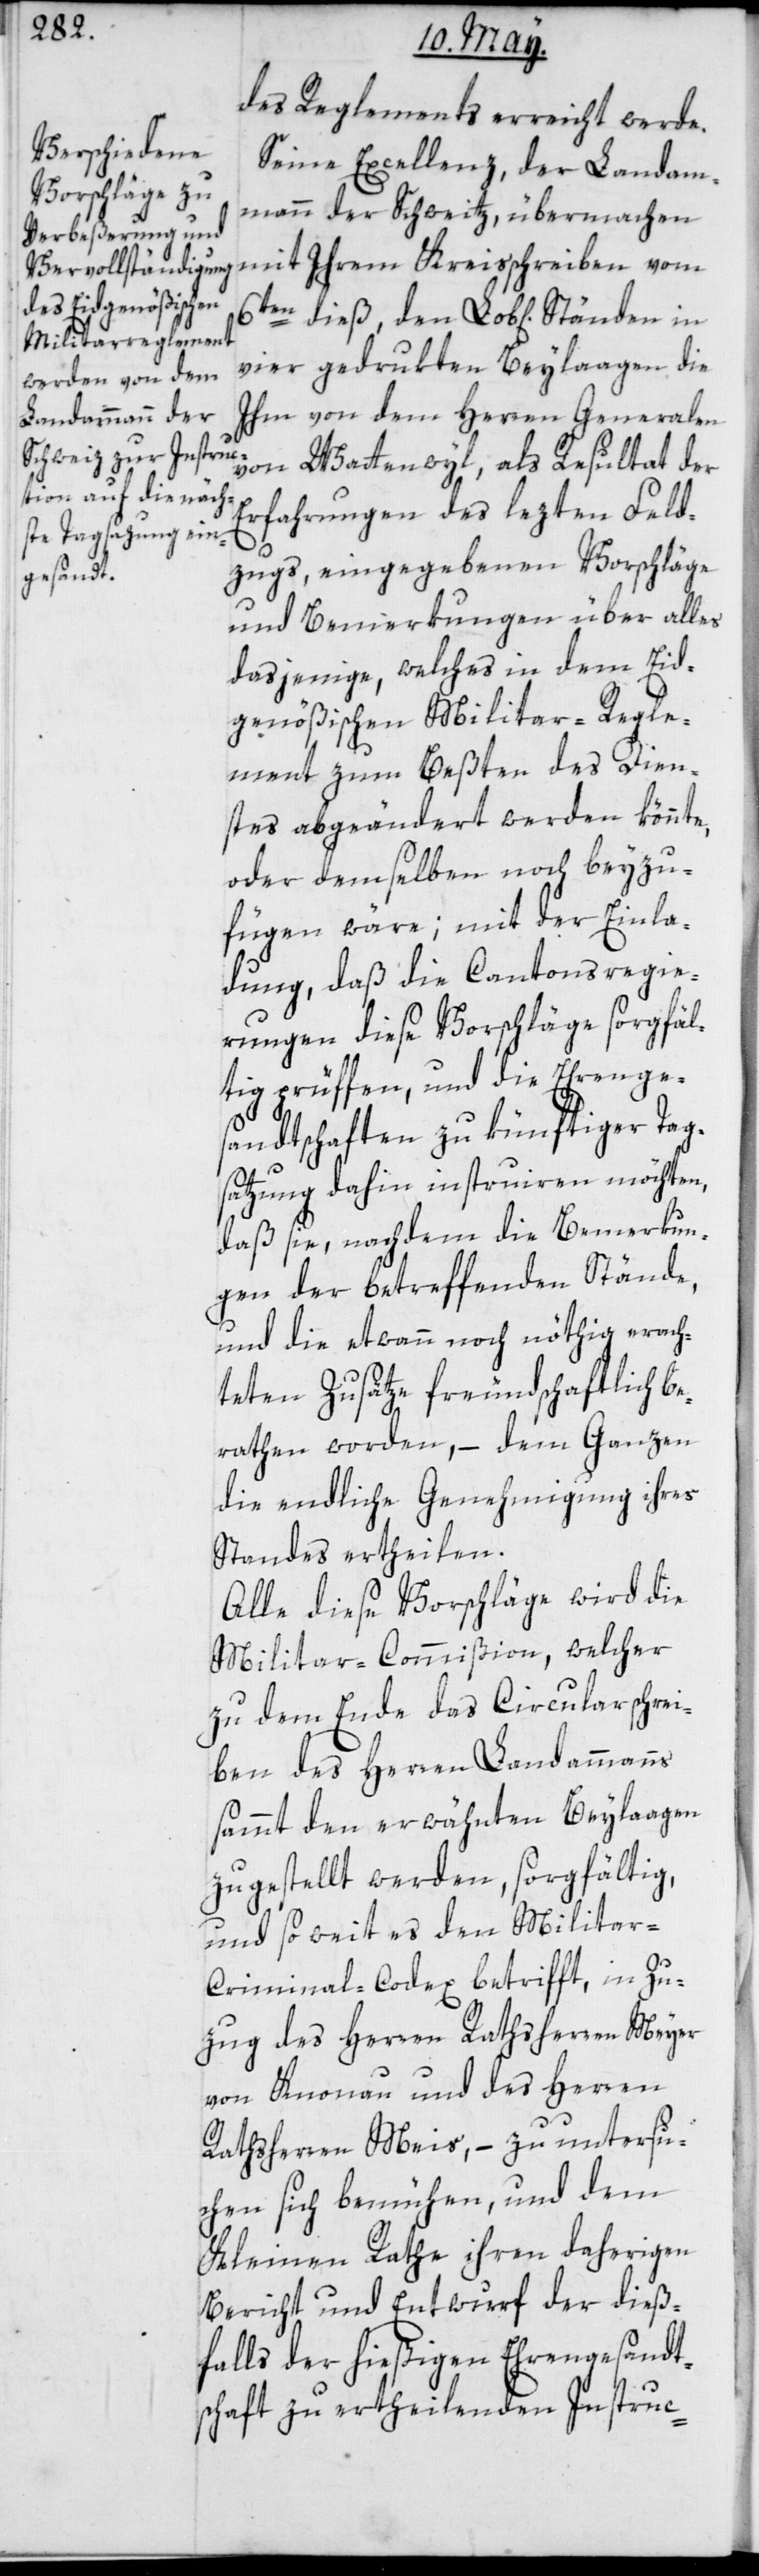
des Regelements erreicht werde.
Seine Excellenz der Landam¬
mann der Schweitz, übermachen
vier gedrukten Beylaagen die
Ihm von dem Herren Generalen
von Wattenwyl, als Resultat der
Erfahrungen des lezten Feld¬
zugs, eingegebenen Vorschläge
und Bemerkungen über alles
dasjenige, welches in dem Eid¬
genößischen Militar-Regle¬
ment zum Beßten des Dien¬
stes abgeändert werden könnte,
oder demselben noch beyzu¬
fügen wäre; mit der Einla¬
dung, daß die Cantonsregie¬
rungen diese Vorschläge sorgfäl¬
tig prüffen, und die Ehrenge¬
sandtschaften zu künftiger Tag¬
satzung dahin instruiren möchten,
daß sie, nachdem die Bemerkun¬
gen der betreffenden Stände,
und die etwann noch nöthig erach¬
teten Zusätze freundschaftlich be¬
rathen worden, – dem Ganzen
die endliche Genehmigung ihres
Standes ertheilen.
Alle diese Vorschläge wird die
Militar-Commißion, welcher
zu dem Ende das Circularschrei¬
ben des Herren Landammanns
sammt den erwähnten Beylaagen
zugestellt werden, sorgfältig,
und so weit es den Militar-C¬
riminal-Codex betrifft, in Zu¬
zug des Herren Rathsherren Meyer
von Knonau und des Herren
Rathsherren Meis, – zu untersu¬
chen sich bemühen, und dem
Kleinen Rathe ihren daherigen
Bericht und Entwurf der dieß¬
falls der hießigen Ehrengesandt¬
schaft zu ertheilenden Instruc-